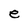
Character: e